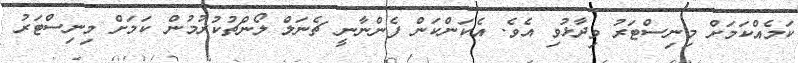
ކަމެއްކަމަށް މިނިސްޓަރު ވިދާޅުވި އެވެ. އެކަންކަން ފެންނާނީ ޗެނަލް ލޯންޗުކުރުމުން ކަމަށް މިނިސްޓަރު